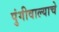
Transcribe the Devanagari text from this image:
पुंगीवाल्याचे